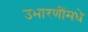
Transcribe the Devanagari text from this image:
उभारणींमधे